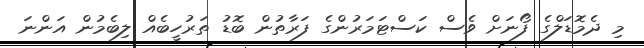
މި ދެމޮޑަލްގެ ފޯނަށް ވެސް ކަސްޓަމަރުންގެ ފަރާތުން ބޮޑު ތަރުހީބެއް ލިބެމުން އަންނަ